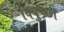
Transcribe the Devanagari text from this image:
विपुच्छा